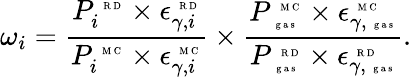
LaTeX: \omega_{i}=\frac{{P_{i}^{\mathrm{~\tiny~R~D~}}\times\epsilon_{\gamma,i}^{\mathrm{~\tiny~R~D~}}}}{{P_{i}^{\mathrm{~\tiny~M~C~}}\times\epsilon_{\gamma,i}^{\mathrm{~\tiny~M~C~}}}}\times\frac{{P_{\mathrm{~\tiny~g~a~s~}}^{\mathrm{~\tiny~M~C~}}\times\epsilon_{\gamma,\mathrm{~\tiny~g~a~s~}}^{\mathrm{~\tiny~M~C~}}}}{{P_{\mathrm{~\tiny~g~a~s~}}^{\mathrm{~\tiny~R~D~}}\times\epsilon_{\gamma,\mathrm{~\tiny~g~a~s~}}^{\mathrm{~\tiny~R~D~}}}}.